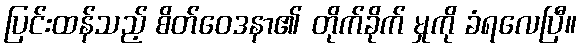
ပြင်းထန်သည့် စိတ်ဝေဒနာ၏ တိုက်ခိုက် မှုကို ခံရလေပြီ။